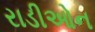
રાડીઓન